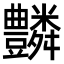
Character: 𧰢